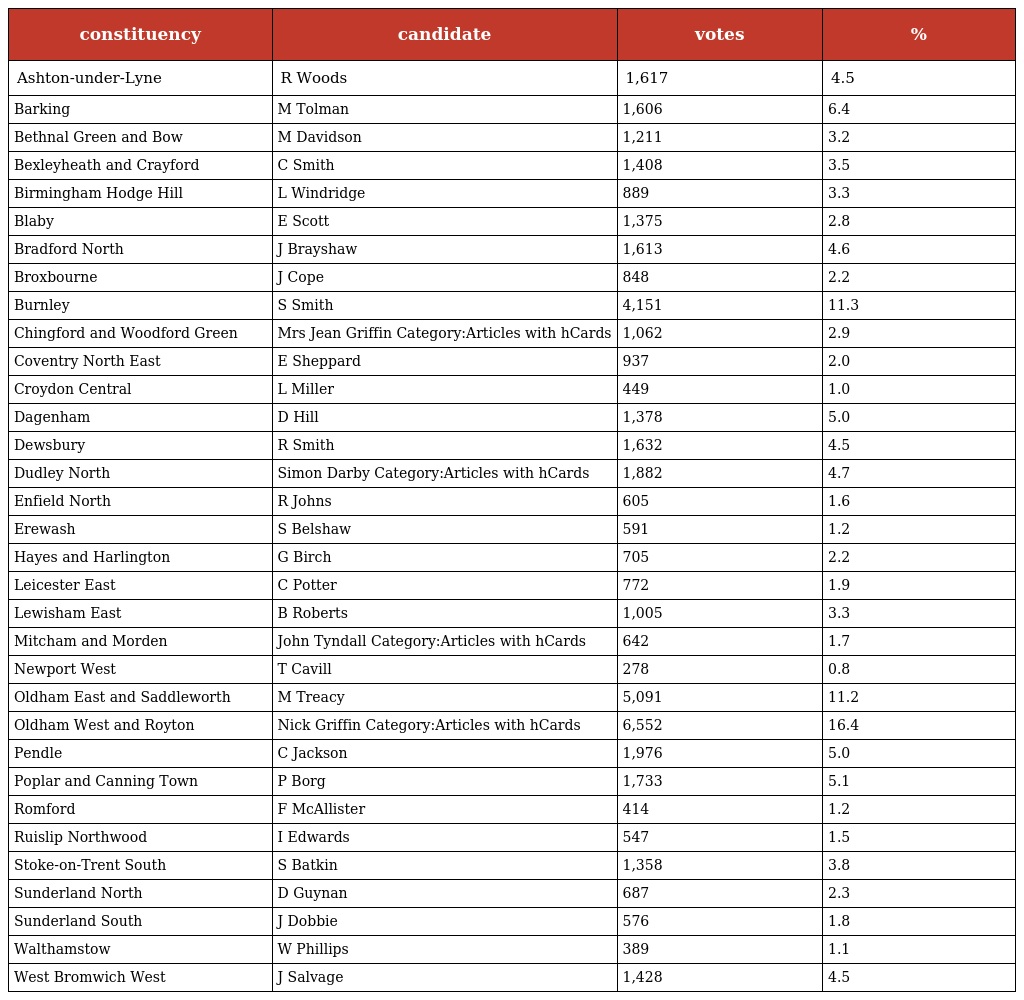
| constituency | candidate | votes | % |
 | --- | --- | --- | --- |
 | Ashton-under-Lyne | R Woods | 1,617 | 4.5 |
 | Barking | M Tolman | 1,606 | 6.4 |
 | Bethnal Green and Bow | M Davidson | 1,211 | 3.2 |
 | Bexleyheath and Crayford | C Smith | 1,408 | 3.5 |
 | Birmingham Hodge Hill | L Windridge | 889 | 3.3 |
 | Blaby | E Scott | 1,375 | 2.8 |
 | Bradford North | J Brayshaw | 1,613 | 4.6 |
 | Broxbourne | J Cope | 848 | 2.2 |
 | Burnley | S Smith | 4,151 | 11.3 |
 | Chingford and Woodford Green | Mrs Jean Griffin Category:Articles with hCards | 1,062 | 2.9 |
 | Coventry North East | E Sheppard | 937 | 2.0 |
 | Croydon Central | L Miller | 449 | 1.0 |
 | Dagenham | D Hill | 1,378 | 5.0 |
 | Dewsbury | R Smith | 1,632 | 4.5 |
 | Dudley North | Simon Darby Category:Articles with hCards | 1,882 | 4.7 |
 | Enfield North | R Johns | 605 | 1.6 |
 | Erewash | S Belshaw | 591 | 1.2 |
 | Hayes and Harlington | G Birch | 705 | 2.2 |
 | Leicester East | C Potter | 772 | 1.9 |
 | Lewisham East | B Roberts | 1,005 | 3.3 |
 | Mitcham and Morden | John Tyndall Category:Articles with hCards | 642 | 1.7 |
 | Newport West | T Cavill | 278 | 0.8 |
 | Oldham East and Saddleworth | M Treacy | 5,091 | 11.2 |
 | Oldham West and Royton | Nick Griffin Category:Articles with hCards | 6,552 | 16.4 |
 | Pendle | C Jackson | 1,976 | 5.0 |
 | Poplar and Canning Town | P Borg | 1,733 | 5.1 |
 | Romford | F McAllister | 414 | 1.2 |
 | Ruislip Northwood | I Edwards | 547 | 1.5 |
 | Stoke-on-Trent South | S Batkin | 1,358 | 3.8 |
 | Sunderland North | D Guynan | 687 | 2.3 |
 | Sunderland South | J Dobbie | 576 | 1.8 |
 | Walthamstow | W Phillips | 389 | 1.1 |
 | West Bromwich West | J Salvage | 1,428 | 4.5 |